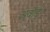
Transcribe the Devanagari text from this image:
अवॉर्ड्